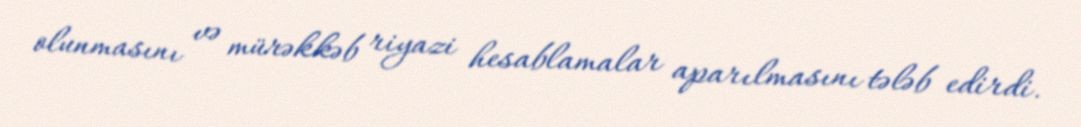
olunmasını və mürəkkəb riyazi hesablamalar aparılmasını tələb edirdi.